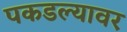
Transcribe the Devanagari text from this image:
पकडल्यावर